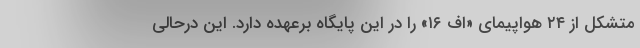
متشکل از ۲۴ هواپیمای «اف ۱۶» را در این پایگاه برعهده دارد. این درحالی